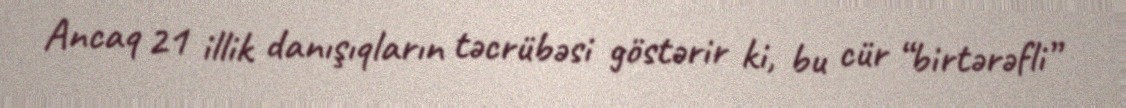
Ancaq 21 illik danışıqların təcrübəsi göstərir ki, bu cür “birtərəfli”